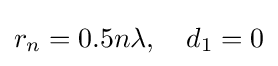
r_{n}=0.5n\lambda ,\quad d_{1}=0